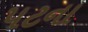
પટના